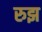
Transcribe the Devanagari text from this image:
रुझ